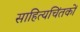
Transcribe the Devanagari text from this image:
साहित्यचिंतकों